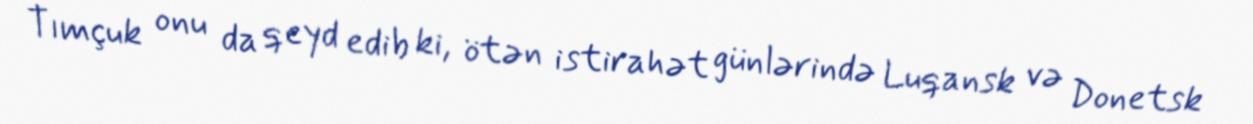
Tımçuk onu da qeyd edib ki, ötən istirahət günlərində Luqansk və Donetsk